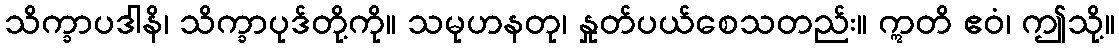
သိက္ခာပဒါနိ၊ သိက္ခာပုဒ်တို့ကို။ သမုဟနတု၊ နှုတ်ပယ်စေသတည်း။ ဣတိ ဧဝံ၊ ဤသို့။